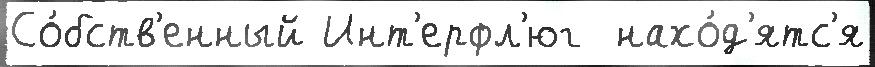
Со́бств'енный Инт'ерфл'юг  нахо́д'ятс'я